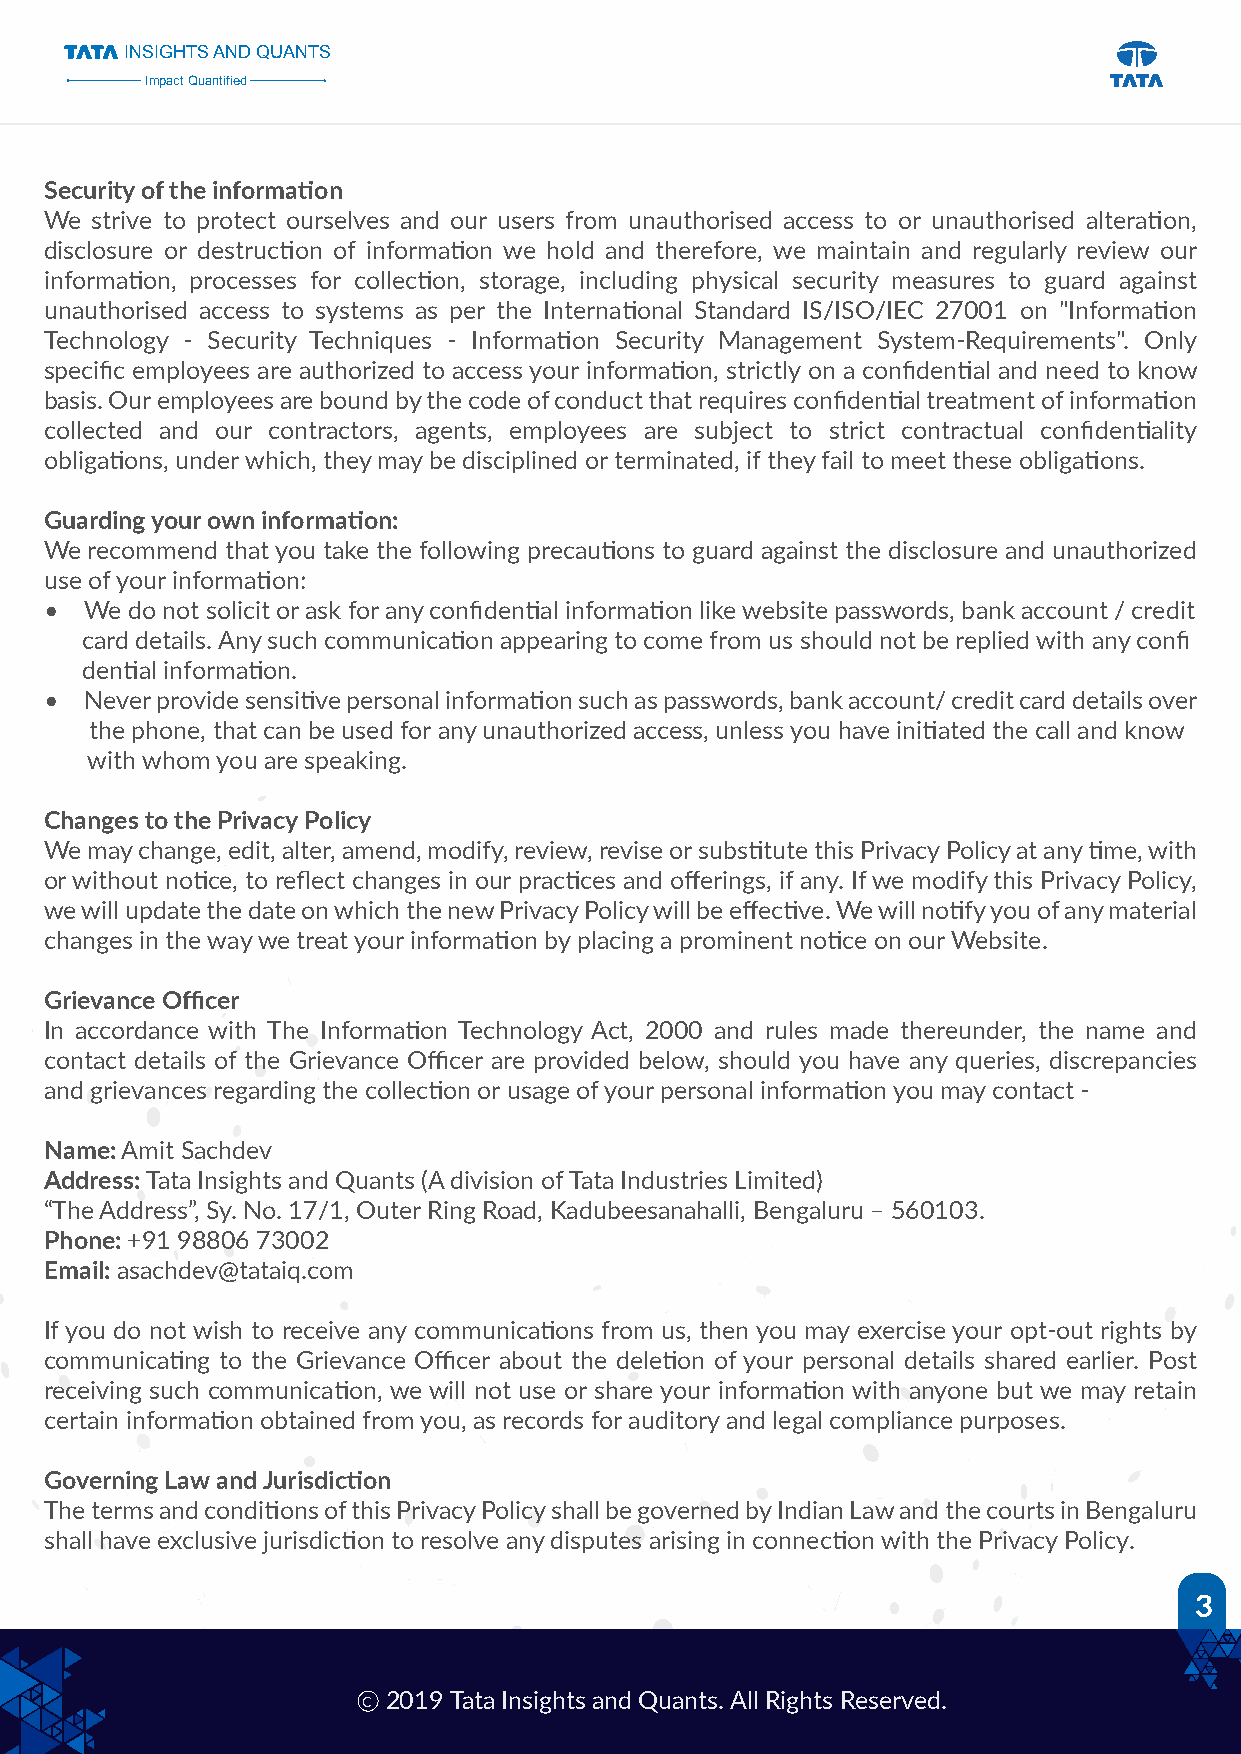
INSIGHTS AND QUANTS
 Impact Quantified
 Security of the information
 We strive to protect ourselves and our users from unauthorised access to or unauthorised alteration,
 disclosure or destruction of information we hold and therefore, we maintain and regularly review our
 information, processes for collection, storage, including physical security measures to guard against
 unauthorised access to systems as per the International Standard IS/ISO/IEC 27001 on "Information
 Technology - Security Techniques - Information Security Management System-Requirements". Only
 specific employees are authorized to access your information, strictly on a confidential and need to know
 basis. Our employees are bound by the code of conduct that requires confidential treatment of information
 collected and our contractors, agents, employees are subject to strict contractual confidentiality
 obligations, under which, they may be disciplined or terminated, if they fail to meet these obligations.
 Guarding your own information:
 We recommend that you take the following precautions to guard against the disclosure and unauthorized
 use of your information:
 •  We do not solicit or ask for any confidential information like website passwords, bank account / credit
 card details. Any such communication appearing to come from us should not be replied with any confi
 dential information.
 •  Never provide sensitive personal information such as passwords, bank account/ credit card details over
 the phone, that can be used for any unauthorized access, unless you have initiated the call and know
 with whom you are speaking.
 Changes to the Privacy Policy
 We may change, edit, alter, amend, modify, review, revise or substitute this Privacy Policy at any time, with
 or without notice, to reflect changes in our practices and offerings, if any. If we modify this Privacy Policy,
 we will update the date on which the new Privacy Policy will be effective. We will notify you of any material
 changes in the way we treat your information by placing a prominent notice on our Website.
 Grievance Officer
 In accordance with The Information Technology Act, 2000 and rules made thereunder, the name and
 contact details of the Grievance Officer are provided below, should you have any queries, discrepancies
 and grievances regarding the collection or usage of your personal information you may contact -
 Name: Amit Sachdev
 Address: Tata Insights and Quants (A division of Tata Industries Limited)
 “The Address”, Sy. No. 17/1, Outer Ring Road, Kadubeesanahalli, Bengaluru – 560103.
 Phone: +91 98806 73002
 Email: asachdev@tataiq.com
 If you do not wish to receive any communications from us, then you may exercise your opt-out rights by
 communicating to the Grievance Officer about the deletion of your personal details shared earlier. Post
 receiving such communication, we will not use or share your information with anyone but we may retain
 certain information obtained from you, as records for auditory and legal compliance purposes.
 Governing Law and Jurisdiction
 The terms and conditions of this Privacy Policy shall be governed by Indian Law and the courts in Bengaluru
 shall have exclusive jurisdiction to resolve any disputes arising in connection with the Privacy Policy.
 3
 C 2019 Tata Insights and Quants. All Rights Reserved.